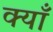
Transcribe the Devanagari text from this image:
क्याँ